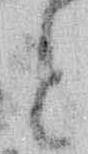
と